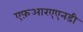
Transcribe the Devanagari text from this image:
एफ़आरएएनडी